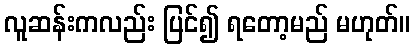
လူဆန်းကလည်း ပြင်၍ ရတော့မည် မဟုတ်။